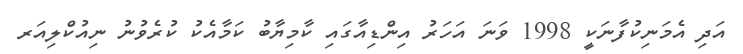
އަދި އެމަނިކުފާނަކީ 1998 ވަނަ އަހަރު އިންޑިއާގައި ކާމިޔާބު ކަމާއެކު ކުރެވުނު ނިއުކްލިއަރ